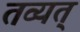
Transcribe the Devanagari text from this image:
तव्यत्